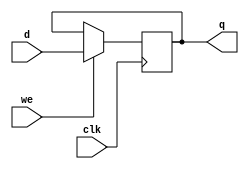
module register (clk, we, d, q);
   input [31:0] d;
   input 	clk;
   input 	we;
   
   output [31:0] q;
   
   wire 	 clk;
   wire 	 we;
   wire [31:0] 	 d;
   
   reg [31:0] 	 q;
   
   always @ (posedge clk)
     if (we) q <= d;
endmodule